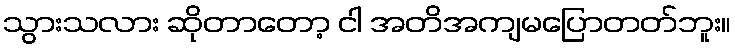
သွားသလား ဆိုတာတော့ ငါ အတိအကျမပြောတတ်ဘူး။